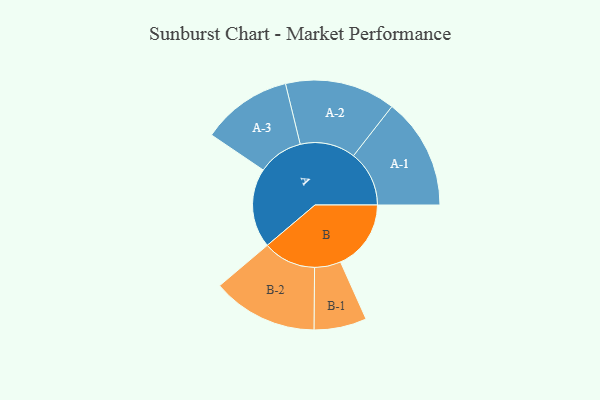
{"axis": {"x": "Segment", "y": "Value"}, "legend": ["", "A", "B"], "data": [{"x": "A", "y": 424, "type": ""}, {"x": "B", "y": 376, "type": ""}, {"x": "A-1", "y": 297, "type": "A"}, {"x": "A-2", "y": 295, "type": "A"}, {"x": "A-3", "y": 241, "type": "A"}, {"x": "B-1", "y": 140, "type": "B"}, {"x": "B-2", "y": 282, "type": "B"}]}